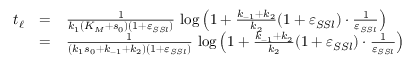
\begin{array} { r c l } { t _ { \ell } } & { = } & { \frac { 1 } { k _ { 1 } ( K _ { M } + s _ { 0 } ) ( 1 + \varepsilon _ { S S l } ) } \, \log \left( 1 + \frac { k _ { - 1 } + k _ { 2 } } { k _ { 2 } } ( 1 + \varepsilon _ { S S l } ) \cdot \frac { 1 } { \varepsilon _ { S S l } } \right) } \\ & { = } & { \frac { 1 } { ( k _ { 1 } s _ { 0 } + k _ { - 1 } + k _ { 2 } ) ( 1 + \varepsilon _ { S S l } ) } \, \log \left( 1 + \frac { k _ { - 1 } + k _ { 2 } } { k _ { 2 } } ( 1 + \varepsilon _ { S S l } ) \cdot \frac { 1 } { \varepsilon _ { S S l } } \right) } \end{array}